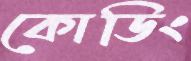
কোডিং